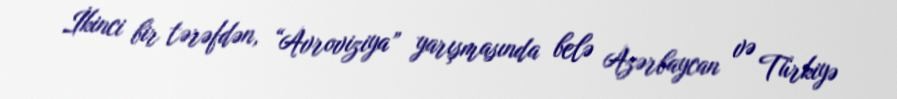
İkinci bir tərəfdən, “Avroviziya” yarışmasında belə Azərbaycan və Türkiyə